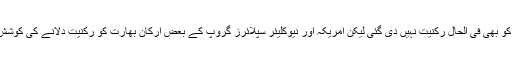
اگرچہ بھارت کو بھی فی الحال رکنیت نہیں دی گئی لیکن امریکہ اور نیوکلیئر سپلائرز گروپ کے بعض ارکان بھارت کو رکنیت دلانے کی کوشش کر رہے ہیں۔